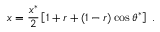
x = \frac { x ^ { * } } { 2 } \left[ 1 + r + ( 1 - r ) \cos { \theta ^ { * } } \right] \; .